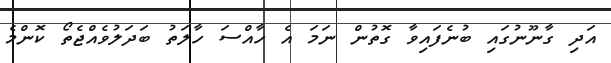
އަދި ގާނޫނުގައި ބުނެފައިވާ ގޮތުން ނަމަ އެ ހާއްސަ ހާލަތު ބަދަލުވެއްޖެތޯ ކޮންމެ